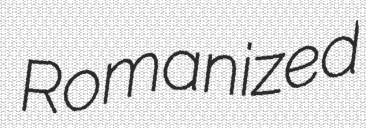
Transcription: Romanized